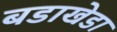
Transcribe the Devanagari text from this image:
बडाखेडा